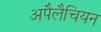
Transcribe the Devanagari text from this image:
अपैलैचियन